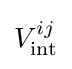
V_{\mathrm {int} }^{ij}